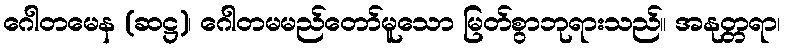
ဂေါတမေန (ဆဋ္ဌ)၊ ဂေါတမမည်တော်မူသော မြတ်စွာဘုရားသည်။ အနုတ္တရာ၊